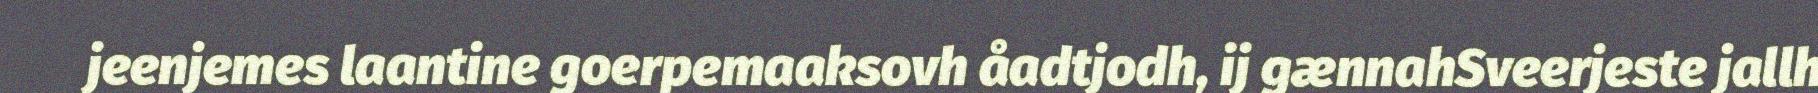
jeenjemes laantine goerpemaaksovh åadtjodh, ij gænnahSveerjeste jallh